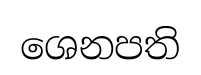
ශෙනපති